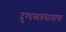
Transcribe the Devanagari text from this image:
दुग्धव्यवसायाचा